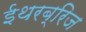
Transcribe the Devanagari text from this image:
ईथरब्रिज